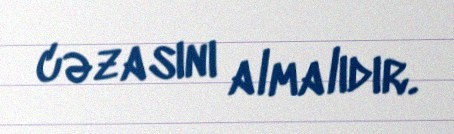
cəzasını almalıdır.